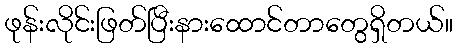
ဖုန်းလိုင်းဖြတ်ပြီးနားထောင်တာတွေရှိတယ်။